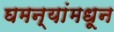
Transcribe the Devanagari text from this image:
घमन्यांमधून